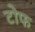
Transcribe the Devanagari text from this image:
टोफ